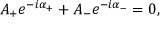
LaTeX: A _ { + } e ^ { - i \alpha _ { + } } + A _ { - } e ^ { - i \alpha _ { - } } = 0 ,